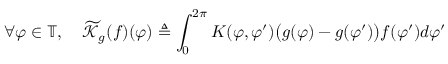
\forall \varphi \in \mathbb { T } , \quad \widetilde { \mathcal { K } } _ { g } ( f ) ( \varphi ) \triangleq \int _ { 0 } ^ { 2 \pi } K ( \varphi , \varphi ^ { \prime } ) \big ( g ( \varphi ) - g ( \varphi ^ { \prime } ) \big ) f ( \varphi ^ { \prime } ) d \varphi ^ { \prime }